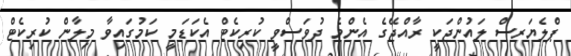
ޕްލެޔަރސް ލައުންޖަކީ ރާއްޖޭގެ އެންމެ ދުވަސްވީ ކުރިކެޓް އެކަޑަމީ ކަމުގައިވާ މިލާން ކުރިކެޓް